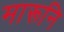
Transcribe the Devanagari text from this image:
मारूनि